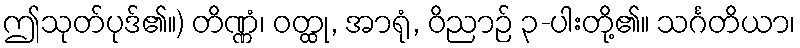
ဤသုတ်ပုဒ်၏။) တိဏ္ဏံ၊ ဝတ္ထု, အာရုံ, ဝိညာဉ် ၃-ပါးတို့၏။ သင်္ဂတိယာ၊